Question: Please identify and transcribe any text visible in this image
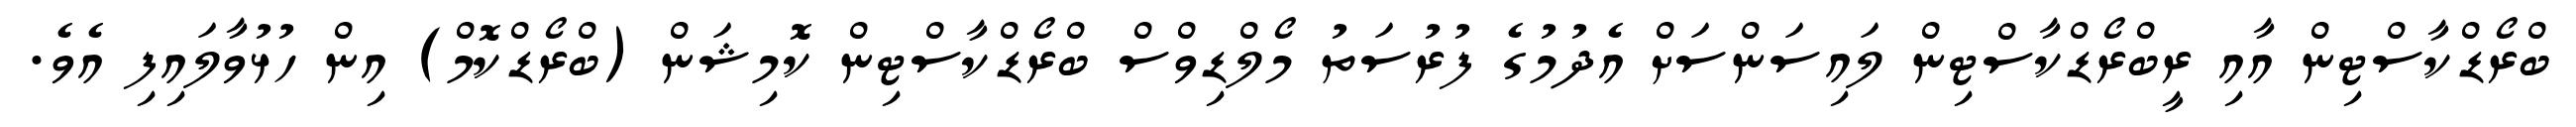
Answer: ބްރޯޑްކާސްޓިން އާއި ރީބްރޯޑްކާސްޓިން ލައިސަންސަށް އެދުމުގެ ފުރުސަތު މޯލްޑިވްސް ބްރޯޑްކާސްޓިން ކޮމިޝަން (ބްރޯޑްކޮމް) އިން ހުޅުވާލައިފި އެވެ.